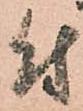
付